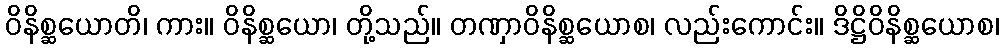
ဝိနိစ္ဆယောတိ၊ ကား။ ဝိနိစ္ဆယော၊ တို့သည်။ တဏှာဝိနိစ္ဆယောစ၊ လည်းကောင်း။ ဒိဋ္ဌိဝိနိစ္ဆယောစ၊